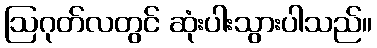
ဩဂုတ်လတွင် ဆုံးပါးသွားပါသည်။